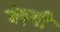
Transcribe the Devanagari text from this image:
बेढ़गी